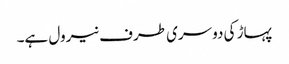
پہاڑ کی دوسری طرف نیرول ہے۔